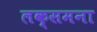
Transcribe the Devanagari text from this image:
लक्समना